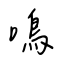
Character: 鳴